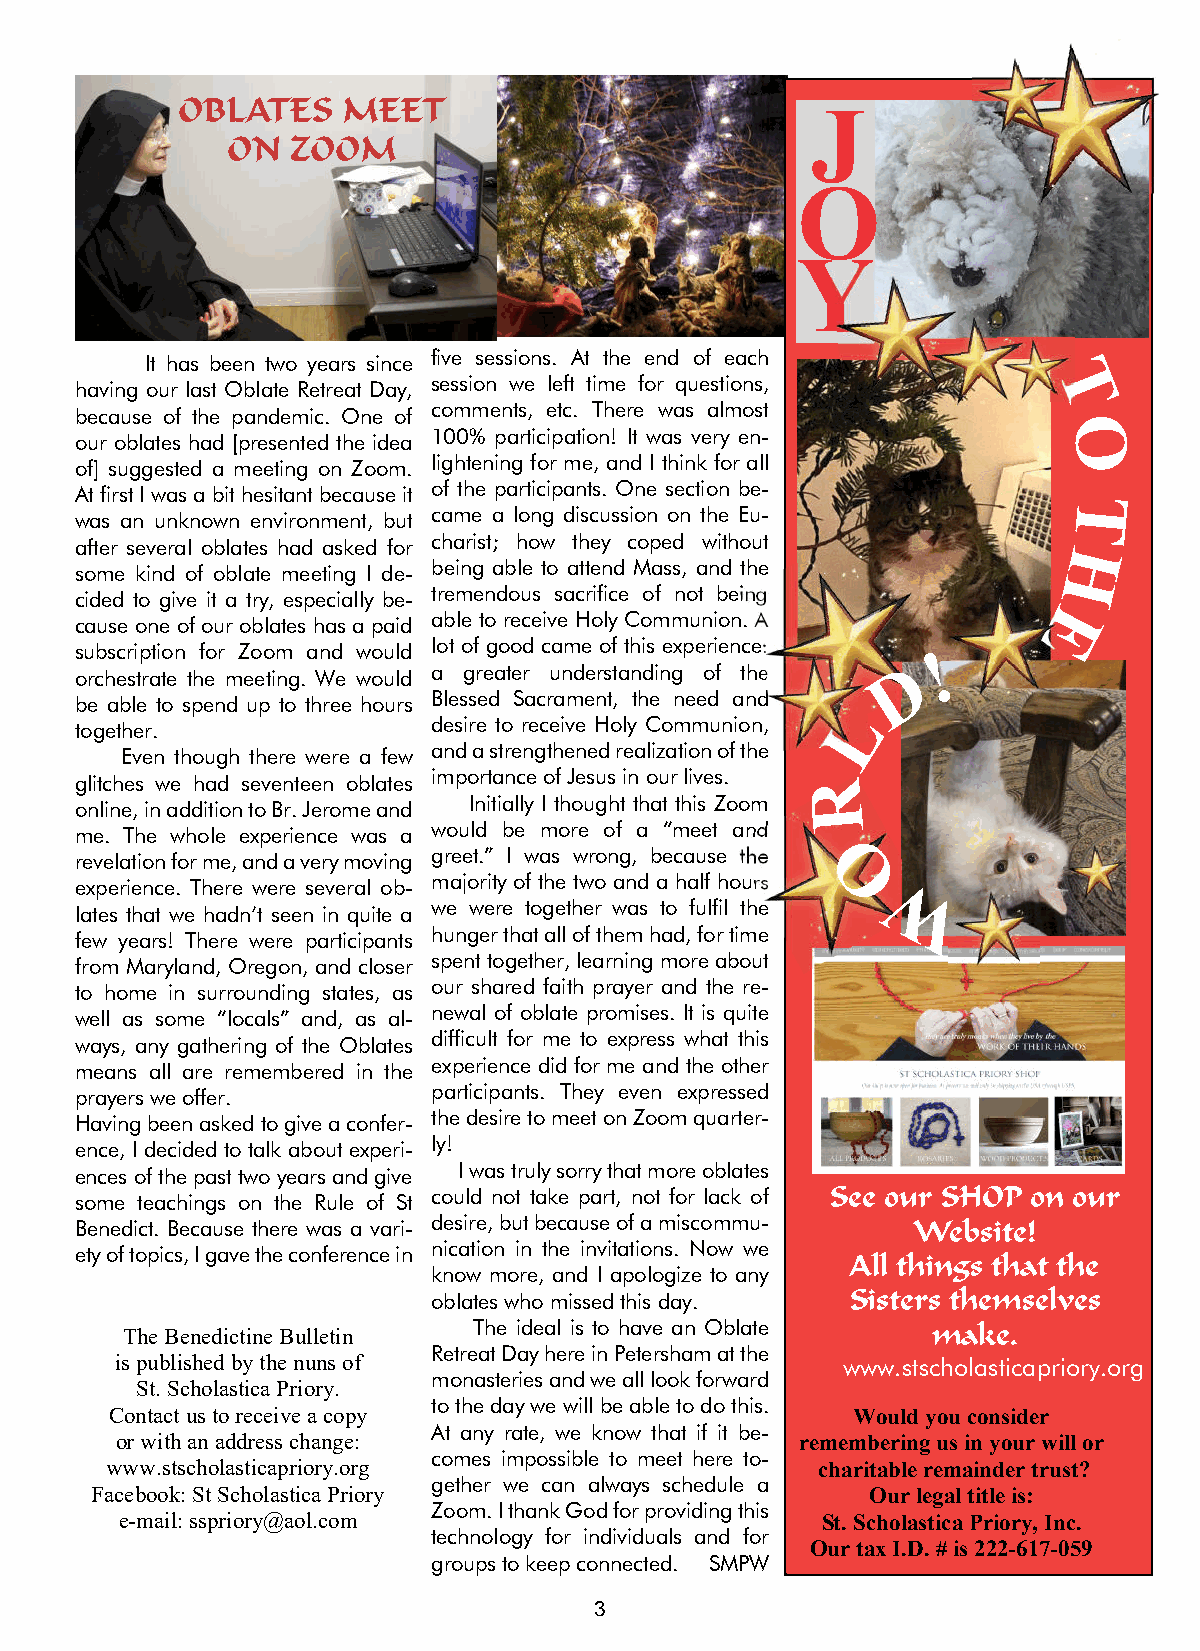
OBLATES    MEET                           J
 ON  ZOOM
 O
 Y
 It has been two years since five sessions. At the end of each
 having our last Oblate Retreat Day, session we left time for questions, T
 because of the pandemic. One of comments, etc. There was almost
 O
 our oblates had [presented the idea 100% participation! It was very en-
 of] suggested a meeting on Zoom. lightening for me, and I think for all
 At first I was a bit hesitant because it of the participants. One section be-
 T
 was an unknown environment, but came a long discussion on the Eu-
 after several oblates had asked for charist; how they coped without H
 some kind of oblate meeting I de- being able to attend Mass, and the
 cided to give it a try, especially be- tremendous sacrifice of not being E
 cause one of our oblates has a paid able to receive Holy Communion. A
 subscription for Zoom and would lot of good came of this experience: !
 D
 orchestrate the meeting. We would a greater understanding of the
 be able to spend up to three hours Blessed Sacrament, the need and
 L
 together.               desire to receive Holy Communion,
 Even though there were a few and a strengthened realization of the
 glitches we had seventeen oblates importance of Jesus in our lives.
 R
 online, in addition to Br. Jerome and Initially I thought that this Zoom
 me. The whole experience was a would be more of a “meet and
 revelation for me, and a very moving greet.” I was wrong, because the
 experience. There were several ob- majority of the two and a half hours O
 lates that we hadn’t seen in quite a we were together was to fulfil the W
 few years! There were participants hunger that all of them had, for time
 from Maryland, Oregon, and closer spent together, learning more about
 to home in surrounding states, as our shared faith prayer and the re-
 well as some “locals” and, as al- newal of oblate promises. It is quite
 ways, any gathering of the Oblates difficult for me to express what this
 means all are remembered in the experience did for me and the other
 prayers we offer.       participants. They even expressed
 Having been asked to give a confer- the desire to meet on Zoom quarter-
 ence, I decided to talk about experi- ly!
 ences of the past two years and give I was truly sorry that more oblates
 some teachings on the Rule of St could not take part, not for lack of See our SHOP on our
 Benedict. Because there was a vari- desire, but because of a miscommu- Website!
 ety of topics, I gave the conference in nication in the invitations. Now we
 All things that the
 know more, and I apologize to any
 oblates who missed this day. Sisters themselves
 The Benedictine Bulletin The ideal is to have an Oblate make.
 Retreat Day here in Petersham at the
 is published by the nuns of                     www.stscholasticapriory.org
 monasteries and we all look forward
 St. Scholastica Priory.
 to the day we will be able to do this.
 Contact us to receive a copy                      Would you consider
 At any rate, we know that if it be-
 or with an address change:                   remembering us in your will or
 comes impossible to meet here to-
 www.stscholasticapriory.org                    charitable remainder trust?
 gether we can always schedule a
 Facebook: St Scholastica Priory                     Our legal title is:
 Zoom. I thank God for providing this
 e-mail: sspriory@aol.com                      St. Scholastica Priory, Inc.
 technology for individuals and for
 Our tax I.D. # is 222-617-059
 groups to keep connected. SMPW
 3